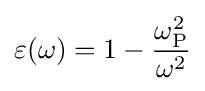
\varepsilon (\omega )=1-{\frac {\omega _{\rm {P}}^{2}}{\omega ^{2}}}